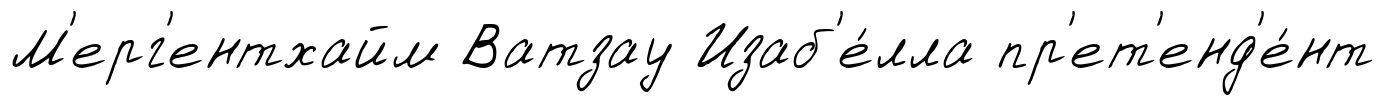
М'ерг'ентхайм Ватзау Изаб'е́лла пр'ет'енд'е́нт